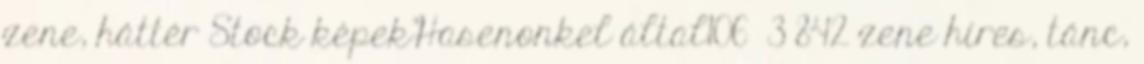
zene, háttér Stock képekHasenonkel által106 3 842 zene híres, tánc,